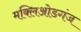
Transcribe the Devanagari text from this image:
मक्लिओडगंज